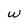
Character: w